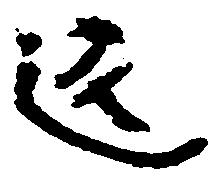
返